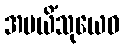
အပယိံသုယေဝ